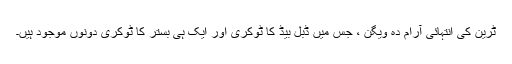
ٹرین کی انتہائی آرام دہ ویگن ، جس میں ڈبل بیڈ کا ٹوکری اور ایک ہی بستر کا ٹوکری دونوں موجود ہیں۔